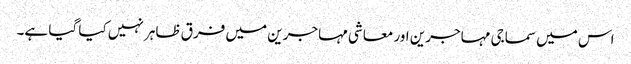
اس میں سماجی مہاجرین اور معاشی مہاجرین میں فرق ظاہر نہیں کیا گیا ہے۔